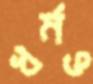
ধর্মও